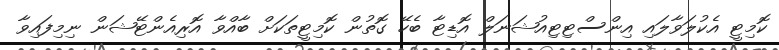
ކޮމިޓީ އެކުލަވާލައި އިންސްޓިޓިއުޝަނަލް އޮޑިޓާ ބެހޭ ގޮތުން ކޮމިޓީތަކަށް ބާއްވާ އޮރިއެންޓޭޝަން ނިމިފައިވާ